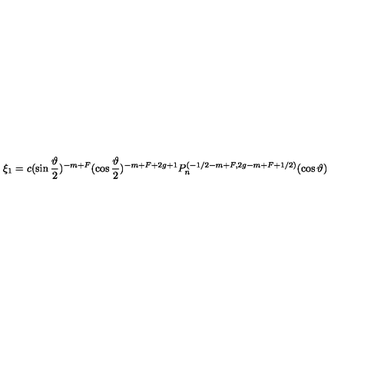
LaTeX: \xi _ { 1 } = c ( \sin \frac \vartheta 2 ) ^ { - m + F } ( \cos \frac \vartheta 2 ) ^ { - m + F + 2 g + 1 } P _ { n } ^ { ( - 1 / 2 - m + F , 2 g - m + F + 1 / 2 ) } ( \cos \vartheta )